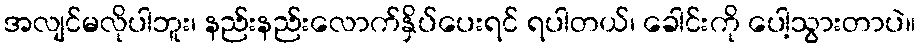
အလျင်မလိုပါဘူး၊ နည်းနည်းလောက်နှိပ်ပေးရင် ရပါတယ်၊ ခေါင်းကို ပေါ့သွားတာပဲ။